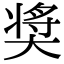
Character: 奨